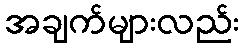
အချက်များလည်း